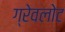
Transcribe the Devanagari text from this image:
ग्रेवलोट